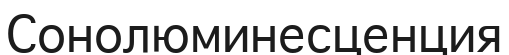
Сонолюминесценция